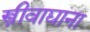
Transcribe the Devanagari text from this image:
स्त्रीवाद्याना